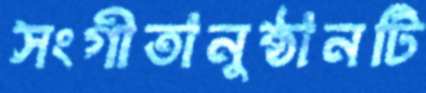
সংগীতানুষ্ঠানটি